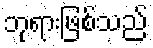
ဘုရားဖြစ်သည်